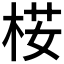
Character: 𣒢